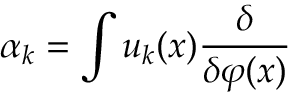
\alpha _ { k } = \int u _ { k } ( x ) { \frac { \delta } { \delta \varphi ( x ) } }